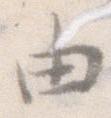
由